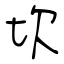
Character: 坎